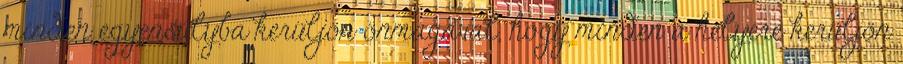
minden egyensúlyba kerüljön önmagával, hogy minden a helyére kerüljön